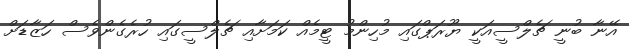
އޭނާ ބުނީ ޗެލްސީއަކީ ޔޫރަޕްގައި މުހިންމު ޓީމެއް ކަމަށާއި ޗެލްސީގައި ހުރެގެންވެސް ހަޒާޑަށް